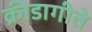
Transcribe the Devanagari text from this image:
क्रीडागीते